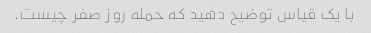
با یک قیاس توضیح دهید که حمله روز صفر چیست.